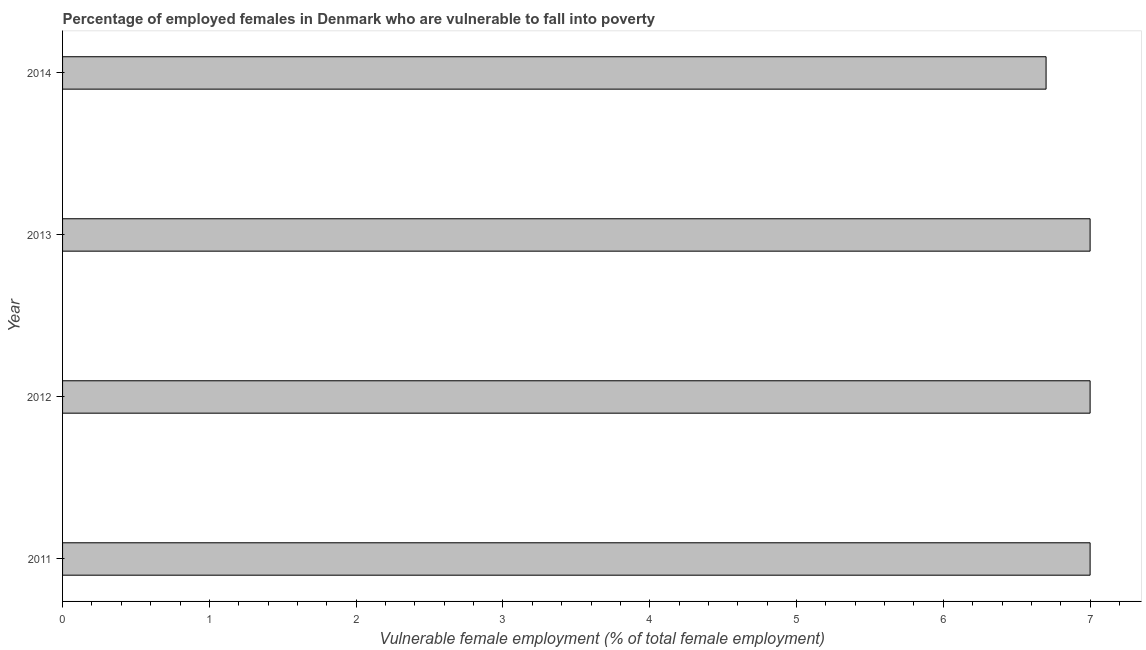
| Year | Percentage of employed females who are vulnerable to fall into poverty |
 | --- | --- |
 | 2011 | 7 |
 | 2012 | 7 |
 | 2013 | 7 |
 | 2014 | 6.7 |